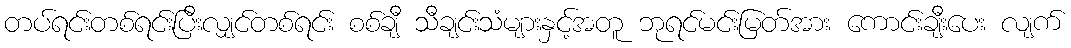
တပ်ရင်းတစ်ရင်းပြီးလျှင်တစ်ရင်း စစ်ချီ သီချင်းသံများနှင့်အတူ ဘုရင်မင်းမြတ်အား ကောင်းချီးပေး လျက်